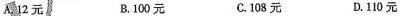
A.12元 B.100元 C.108元 D.110元